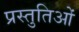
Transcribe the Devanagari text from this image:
प्रस्तुतिओं